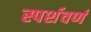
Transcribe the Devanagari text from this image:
स्पर्शवर्ण